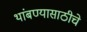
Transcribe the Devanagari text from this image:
थांबण्यासाठीचे